画像に写った文字を読んでください
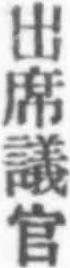
「出席議官」と書いてあります